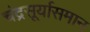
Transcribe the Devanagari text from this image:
चंद्रसूर्यासमान